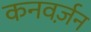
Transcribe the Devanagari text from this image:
कनवर्ज़न